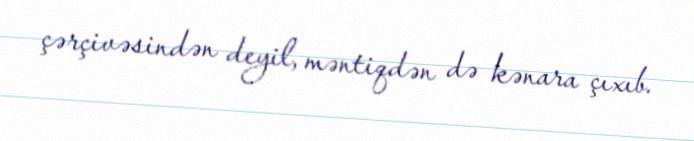
çərçivəsindən deyil, məntiqdən də kənara çıxıb.